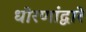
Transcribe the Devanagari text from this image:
धोरणांद्वारे